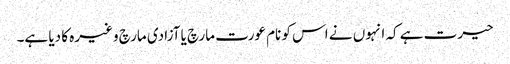
حیرت ہے کہ انہوں نے اس کو نام عورت مارچ یا آزادی مارچ وغیرہ کا دیا ہے۔